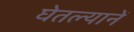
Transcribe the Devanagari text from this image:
घेतल्यानें